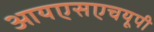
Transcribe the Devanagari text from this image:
आयएसएचयूपी